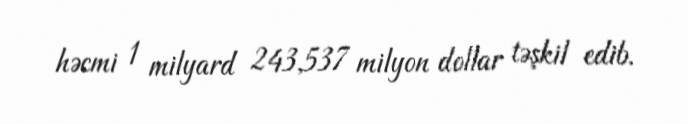
həcmi 1 milyard 243,537 milyon dollar təşkil edib.